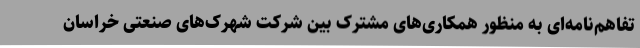
تفاهم‌نامه‌ای به منظور همکاری‌های مشترک بین شرکت شهرک‌های صنعتی خراسان